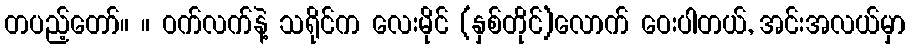
တပည့်တော်။ ။ ဝက်လက်နဲ့ သရိုင်က လေးမိုင် (နှစ်တိုင်)လောက် ဝေးပါတယ်, အင်းအလယ်မှာ